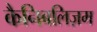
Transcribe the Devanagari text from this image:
कैनिबलिज़म